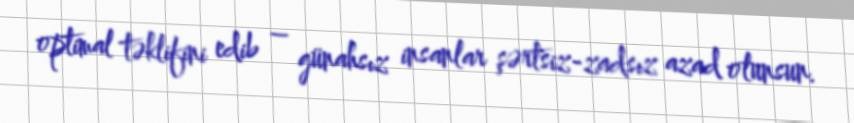
optimal təklifini edib – günahsız insanlar şərtsiz-zadsız azad olunsun.